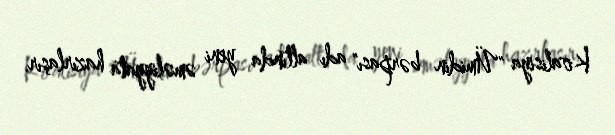
Koalisiya "Ümidin bərpası" adı altında yeni əməliyyata hazırlaşır.